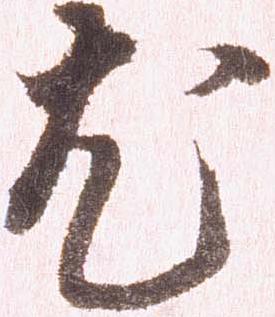
尤